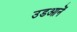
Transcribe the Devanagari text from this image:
उडआनें